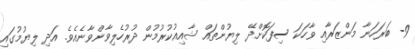
9- ބަރަހަނާ މަންޒަރާއި ވާހަކަ ސިފަކޮށްދޭ ލިޔުންތައް ޝާއިއުކުރުމުން ދުރުހެލިވާންވާނެއެވެ. އަދި ލިޔުމުގައި